Indian journal of veterinary science and animal husbandry - Volume 6,
Year: 1936
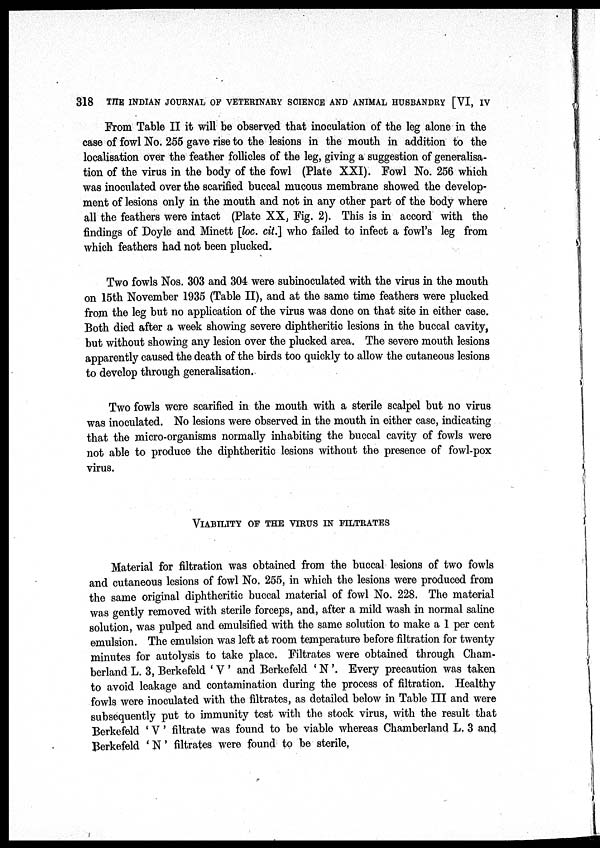
318
THE INDIAN JOURNAL OF VETERINARY SCIENCE AND ANIMAL HUSBANDRY [VI, IV
From Table II it will be observed that inoculation of the leg alone in the
case of fowl No. 255 gave rise to the lesions in the mouth in addition to the
localisation over the feather follicles of the leg, giving a suggestion of generalisa-
tion of the virus in the body of the fowl (Plate XXI). Fowl No. 256 which
was inoculated over the scarified buccal mucous membrane showed the develop-
ment of lesions only in the mouth and not in any other part of the body where
all the feathers were intact (Plate XX, Fig. 2). This is in accord with the
findings of Doyle and Minett [loc. cit.] who failed to infect a fowl's leg from
which feathers had not been plucked.
Two fowls Nos. 303 and 304 were subinoculated with the virus in the mouth
on 15th November 1935 (Table II), and at the same time feathers were plucked
from the leg but no application of the virus was done on that site in either case.
Both died after a week showing severe diphtheritic lesions in the buccal cavity,
but without showing any lesion over the plucked area. The severe mouth lesions
apparently caused the death of the birds too quickly to allow the cutaneous lesions
to develop through generalisation.
Two fowls were scarified in the mouth with a sterile scalpel but no virus
was inoculated. No lesions were observed in the mouth in either case, indicating
that the micro-organisms normally inhabiting the buccal cavity of fowls were
not able to produce the diphtheritic lesions without the presence of fowl-pox
virus.
VIABILITY OF THE VIRUS IN FILTRATES
Material for filtration was obtained from the buccal lesions of two fowls
and cutaneous lesions of fowl No. 255, in which the lesions were produced from
the same original diphtheritic buccal material of fowl No. 228. The material
was gently removed with sterile forceps, and, after a mild wash in normal saline
solution, was pulped and emulsified with the same solution to make a 1 per cent
emulsion. The emulsion was left at room temperature before filtration for twenty
minutes for autolysis to take place. Filtrates were obtained through Cham¬
berland L. 3, Berkefeld ' V ' and Berkefeld ' N '. Every precaution was taken
to avoid leakage and contamination during the process of filtration. Healthy
fowls were inoculated with the filtrates, as detailed below in Table III and were
subsequently put to immunity test with the stock virus, with the result that
Berkefeld ' V ' filtrate was found to be viable whereas Chamberland L. 3 and
Berkefeld ' N' filtrates were found to be sterile.